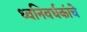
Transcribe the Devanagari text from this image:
ध्वनिवर्धकांचे